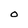
Character: O